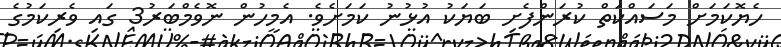
ހެޔޮކަމަށް މަސައްކަތް ކުރަންފެށި ބަޔަކު އުޅުނު ކަމަށެވެ. އެމީހުން ނޮވެމްބަރު3 ގައި ވެރިކަމުގެ